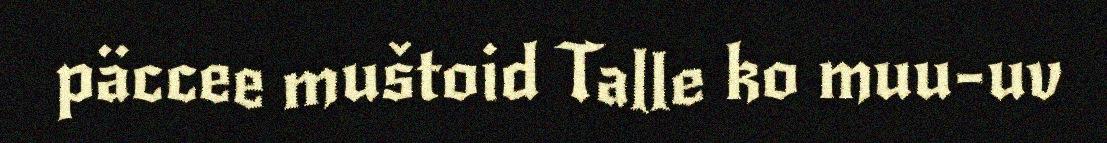
päccee muštoid Talle ko muu-uv